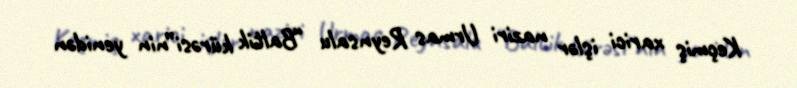
Keçmiş xarici işlər naziri Urmas Reynsalu “Baltik kürəsi”nin yenidən